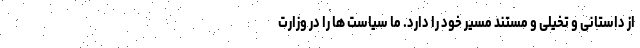
از داستانی و تخیلی و مستند مسیر خود را دارد. ما سیاست ها را در وزارت